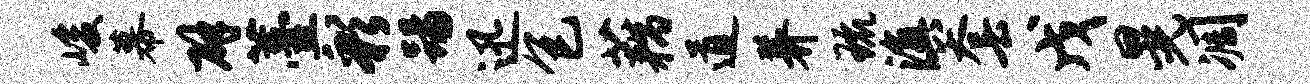
峻幕辟薹彩踢迅包藕道养琉滇套戊晃凋